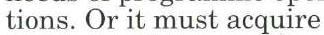
tions. Or it must acquire